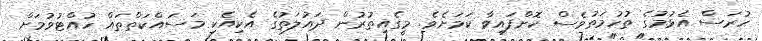
ހުރަސް އެޅުމުގެ ތުހުމަތުވެސް ކޮށްފައިވާ ކަމަށެވެ. މީގެއިތުރުން ދައުލަތުގެ އެކިއެކި މަސައްކަތްތައް ހުއްޓުވުމަށް